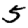
Digit: 5